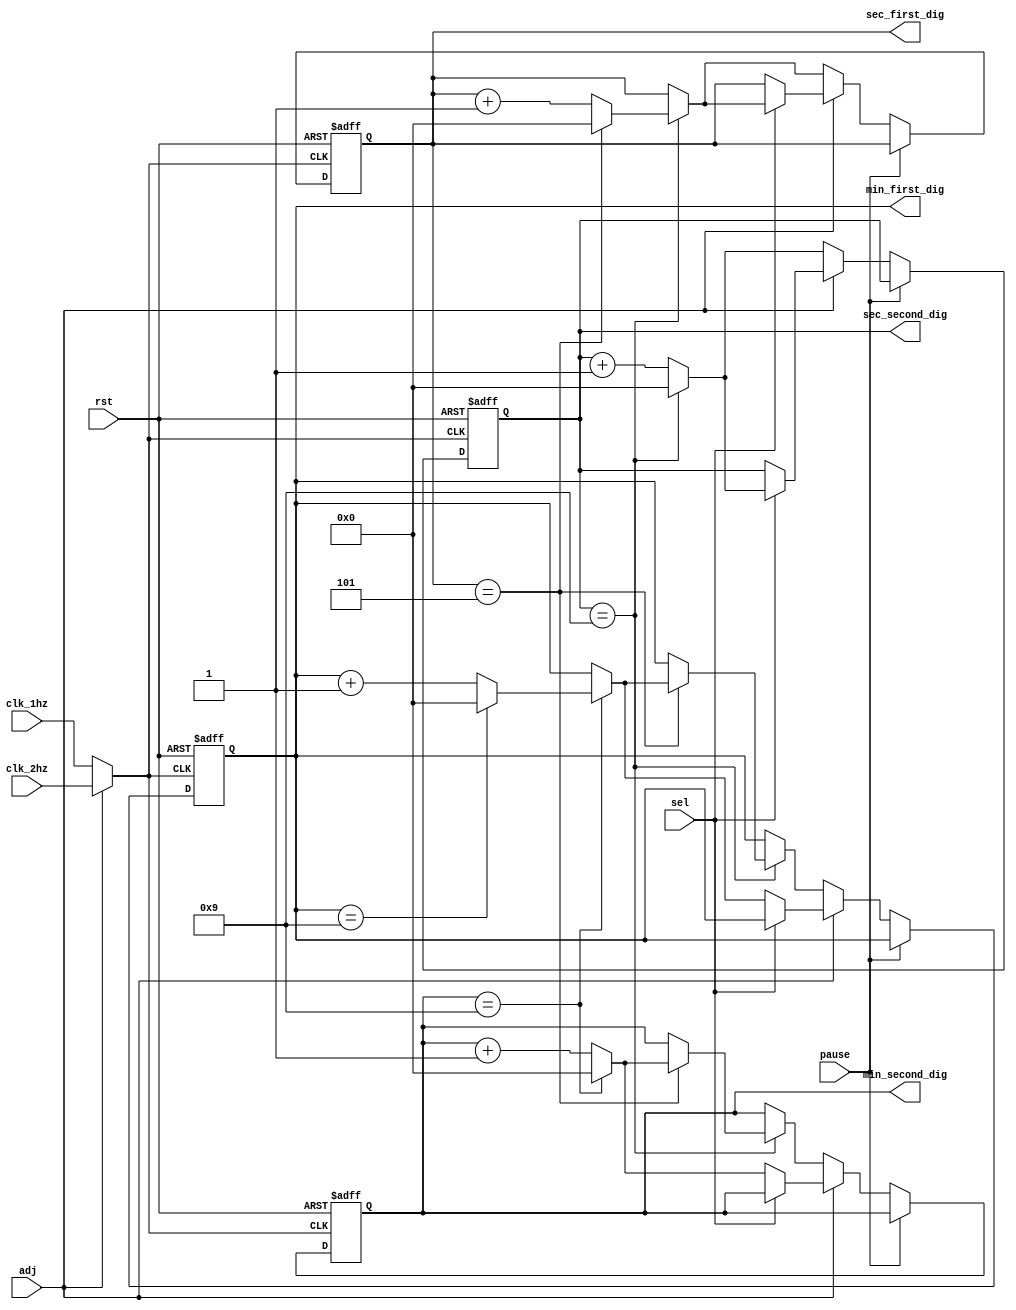
`timescale 1ns / 1ps
//////////////////////////////////////////////////////////////////////////////////
// Company: 
// Engineer: 
// 
// Design Name: 
// Module Name:    counter 
// Project Name: 
// Target Devices: 
// Tool versions: 
// Description: 
//
// Dependencies: 
//
// Revision: 
// Revision 0.01 - File Created
// Additional Comments: 
//
//////////////////////////////////////////////////////////////////////////////////
module counter(input clk_1hz,
				input clk_2hz,
				input rst,
				input sel,
				input adj,
				input pause,
				output reg[3:0] min_first_dig,
				output reg[3:0] min_second_dig,
				output reg[3:0] sec_first_dig,
				output reg[3:0] sec_second_dig);

	//set clock based on adj
	reg clk;
	always @(*) begin
		if(adj == 0)
			clk <= clk_1hz;
		else
			clk <= clk_2hz;
	end

	always @(posedge clk or posedge rst) begin
		//if reset is hit reset everything	
		if(rst) begin
			min_first_dig <= 0;
			min_second_dig <= 0;
			sec_first_dig <= 0;
			sec_second_dig <= 0;
		end
		//if paused freeze input
		else if (pause == 1) begin
			min_first_dig <= min_first_dig;
			min_second_dig <= min_second_dig;
			sec_first_dig <= sec_first_dig;
			sec_second_dig <= sec_second_dig;
		end

		//if adjust is not hit then increment as normal
		else if (adj == 0) begin
			if(sec_second_dig == 9) begin
				sec_second_dig <= 0;
				if(sec_first_dig == 5) begin
					sec_first_dig <= 0;
					if(min_second_dig == 9) begin
						min_second_dig <= 0;
						if(min_first_dig == 9)
							min_first_dig <= 0;
						else
							min_first_dig <= min_first_dig + 1;
					end
					else
						min_second_dig <= min_second_dig + 1;
				end
				else
					sec_first_dig <= sec_first_dig + 1;
			end
			else
				sec_second_dig <= sec_second_dig + 1;
		end

		//if select is 0 only change min
		else if (sel == 0) begin
			if(min_second_dig == 9) begin
				min_second_dig <= 0;
				if(min_first_dig == 9)
					min_first_dig <= 0;
				else
					min_first_dig <= min_first_dig + 1;
			end
			else
				min_second_dig <= min_second_dig + 1;
		end

		//if select is 1 only change seconds
		else begin
			if(sec_second_dig == 9) begin
				sec_second_dig <= 0;
				if(sec_first_dig == 5)
					sec_first_dig <= 0;
				else
					sec_first_dig <= sec_first_dig + 1;
			end
			else
				sec_second_dig <= sec_second_dig + 1;
		end
	end
endmodule